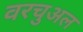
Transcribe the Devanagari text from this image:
वरचुअल